Vaccination in the Punjab 1883-1896 - 1883-1896
Year: 1883
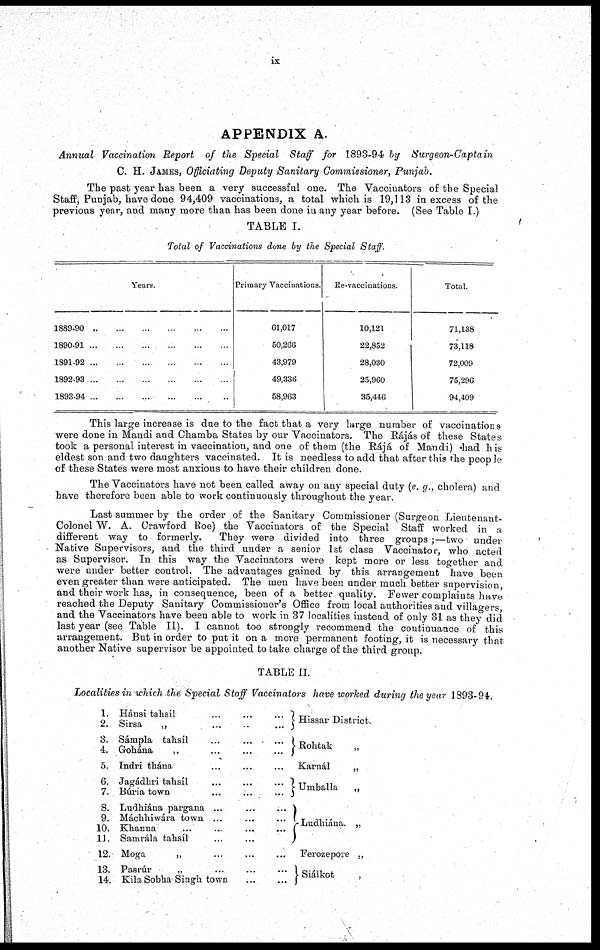
ix
APPENDIX A.
Annual Vaccination Report of the Special Staff for 1893-94 by
Surgeon-Captain
C. H. JAMES, Officiating Deputy Sanitary Commissioner, Punjab.
The past year has been a very successful one. The Vaccinators of the Special
Staff, Punjab, have done 94,409 vaccinations, a total which is 19,113 in excess of the
previous year, and many more than has been done in any year before. (See Table I.)
TABLE I.
Total of Vaccinations done by the Special Staff.
Years.
1889-90
...
...
...
...
...
...
1890-91...
...
...
...
...
...
1891-92
...
...
...
...
...
...
1892-93
...
...
...
...
...
...
1893-94
...
...
...
...
...
...
Primary Vaccinations.
61,017
50,266
43,979
49,336
58,963
Re-vaccinations.
10,121
22,852
28,030
25,960
35,446
Total.
71,138
73,118
72,009
75,296
94,409
This large increase is due to the fact that a very large number of vaccinations
were done in Mandi and Chamba States by our Vaccinators. The Rájás of these States
took a personal interest in vaccination, and one of them (the Rájá of Mandi) had his
eldest son and two daughters vaccinated. It is needless to add that after this the people
of these States were most anxious to have their children done.
The Vaccinators have not been called away on any special duty (e. g., cholera) and
have therefore been able to work continuously throughout the year.
Last summer by the order of the Sanitary Commissioner (Surgeon Lieutenant-
Colonel W. A. Crawford Roe) the Vaccinators of the Special Staff worked in a
different way to formerly.
They were divided into three groups;- two under
Native Supervisors, and the third under a senior 1st class Vaccinator, who acted
as Supervisor. In this way the Vaccinators were kept more or less together and
were under better control. The advantages gained by this arrangement have been
even greater than were anticipated. The men have been under much better supervision,
and their work has, in consequence, been of a better quality. Fewer complaints have
reached the Deputy Sanitary Commissioner's Office from local authorities and villagers,
and the Vaccinators have been able to work in 37 localities instead of only 31 as they did
last year (see Table II). I cannot too strongly recommend the continuance of this
arrangement. But in order to put it on a more permanent footing, it is necessary that
another Native supervisor be appointed to take charge of the third group.
TABLE II.
Localities in which the Special Staff Vaccinators have worked during the year 1893-94.
1.
2.
3.
4.
5.
6.
7.
8.
9.
10.
1J.
12.
13.
14.
Hánsi tahsil
...
...
...
Sirsa
„
...
..
...
Sámpla tahsíl
...
...
...
Gohána
„
...
...
...
Indri thána ... ... ...
Jagádhri tahsíl
...
...
...
Búria town
...
...
...
Ludhiána pargana ...
...
...
Máchhiwára town ...
...
...
Khanna
...
...
...
...
Sanirála tahsíl
...
...
Moga
„ ...
...
...
Pasrúr
„
...
... ...
Kila Sobha Singh town
...
...
Hissar District.
Rohtak
„
Karnál
„
Umballa
„
Ludhiána. „
Ferozepore „
Siálkot
,